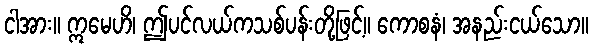
ငါအား။ ဣမေဟိ၊ ဤပင်လယ်ကသစ်ပန်းတို့ဖြင့်။ ကောစနံ၊ အနည်းငယ်သော။